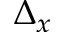
\Delta _ { x }